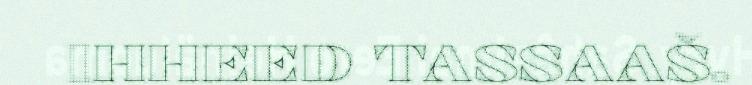
IHHEED TASSAAŠ.